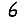
Digit: 6